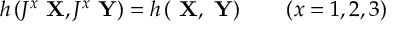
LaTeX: h \left( J ^ { x } \mathrm { \bf ~ X } , J ^ { x } \mathrm { \bf ~ Y } \right) = h \left( \mathrm { \bf ~ X } , \mathrm { \bf ~ Y } \right) \quad \quad ( x = 1 , 2 , 3 )